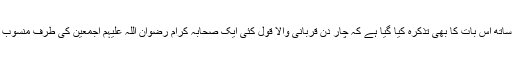
اور ساتھ اس بات کا بھی تذکرہ کیا گیا ہے کہ چار دن قربانی والا قول کئی ایک صحابہ کرام رضوان اللہ علیہم اجمعین کی طرف منسوب ہے۔